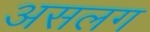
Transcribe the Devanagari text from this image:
असलग